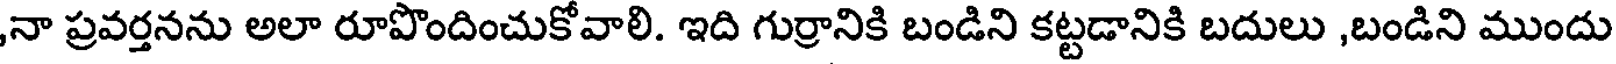
నా ప్రవర్తనను అలా రూపొందించుకోవాలి. ఇది గుర్రానికి బండిని కట్టడానికి బదులు ,బండిని ముందు